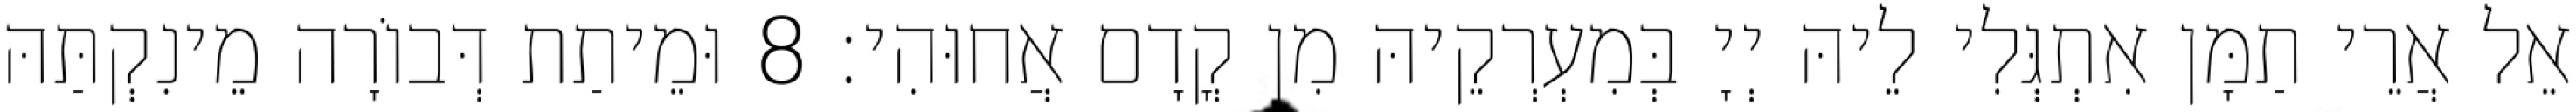
אֵל אֲרֵי תַמָּן אִתְגְּלִי לֵיהּ יְיָ בְּמִעְרְקֵיהּ מִן קֳדָם אֲחוּהִי׃ 8 וּמֵיתַת דְּבוֹרָה מֵינִקְתַּהּ